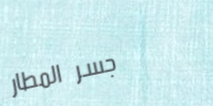
جسر المطار